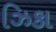
ઝિકા